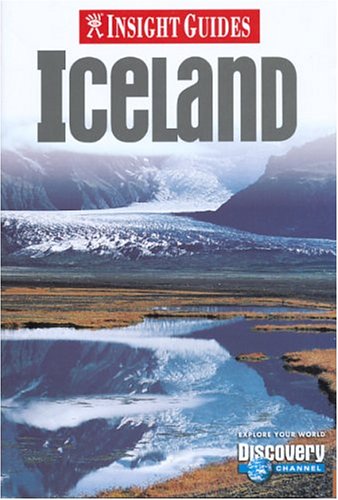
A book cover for Insight Guide Iceland (Insight Guides Iceland); Jane Simmonds; Travel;